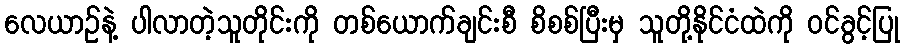
လေယာဉ်နဲ့ ပါလာတဲ့သူတိုင်းကို တစ်ယောက်ချင်းစီ စိစစ်ပြီးမှ သူတို့နိုင်ငံထဲကို ဝင်ခွင့်ပြု